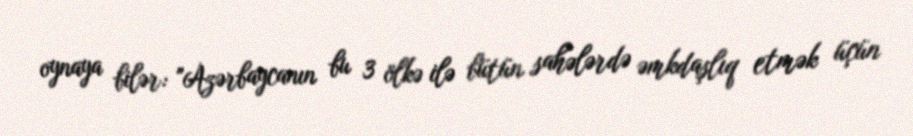
oynaya bilər: "Azərbaycanın bu 3 ölkə ilə bütün sahələrdə əmkdaşlıq etmək üçün